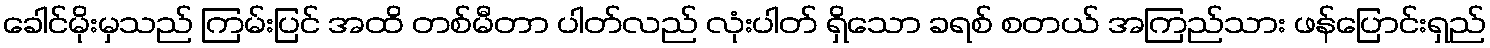
ခေါင်မိုးမှသည် ကြမ်းပြင် အထိ တစ်မီတာ ပါတ်လည် လုံးပါတ် ရှိသော ခရစ် စတယ် အကြည်သား ဖန်ပြောင်းရှည်